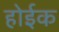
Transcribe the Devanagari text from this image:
होईक